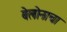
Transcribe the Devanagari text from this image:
बेलोनाचा